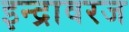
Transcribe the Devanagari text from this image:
इन्द्रावरज